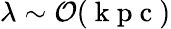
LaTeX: \lambda\sim\mathcal{O}(\mathrm{~k~p~c~})